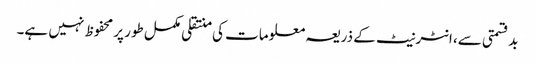
بدقسمتی سے، انٹرنیٹ کے ذریعہ معلومات کی منتقلی مکمل طور پر محفوظ نہیں ہے۔